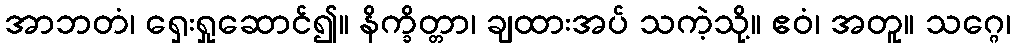
အာဘတံ၊ ရှေးရှုဆောင်၍။ နိက္ခိတ္တာ၊ ချထားအပ် သကဲ့သို့။ ဧဝံ၊ အတူ။ သဂ္ဂေ၊